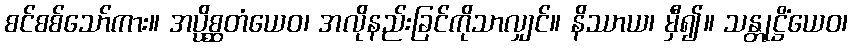
စင်စစ်သော်ကား။ အပ္ပိစ္ဆတံယေဝ၊ အလိုနည်းခြင်ကိုသာလျှင်။ နိဿာယ၊ မှီ၍။ သန္တုဋ္ဌိံယေဝ၊